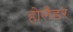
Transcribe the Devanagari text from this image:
होलँडर